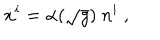
\dot { x } ^ { i } = \alpha ( \sqrt { g } ) \ n ^ { i } \ ,